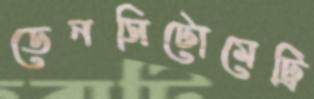
ডেনসিটোমেট্রি